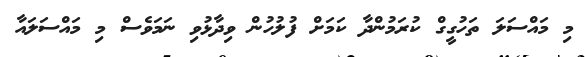
މި މައްސަލަ ތަހުގީގް ކުރަމުންދާ ކަމަށް ފުލުހުން ވިދާޅުވި ނަމަވެސް މި މައްސަލައާ